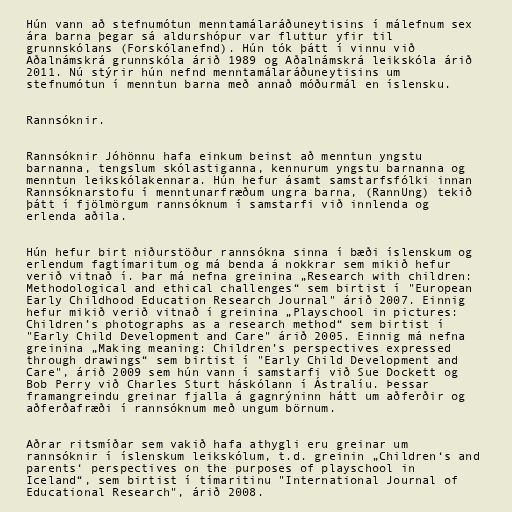
Hún vann að stefnumótun menntamálaráðuneytisins í málefnum sex
ára barna þegar sá aldurshópur var fluttur yfir til
grunnskólans (Forskólanefnd). Hún tók þátt í vinnu við
Aðalnámskrá grunnskóla árið 1989 og Aðalnámskrá leikskóla árið
2011. Nú stýrir hún nefnd menntamálaráðuneytisins um
stefnumótun í menntun barna með annað móðurmál en íslensku.

Rannsóknir.

Rannsóknir Jóhönnu hafa einkum beinst að menntun yngstu
barnanna, tengslum skólastiganna, kennurum yngstu barnanna og
menntun leikskólakennara. Hún hefur ásamt samstarfsfólki innan
Rannsóknarstofu í menntunarfræðum ungra barna, (RannUng) tekið
þátt í fjölmörgum rannsóknum í samstarfi við innlenda og
erlenda aðila.

Hún hefur birt niðurstöður rannsókna sinna í bæði íslenskum og
erlendum fagtímaritum og má benda á nokkrar sem mikið hefur
verið vitnað í. Þar má nefna greinina „Research with children:
Methodological and ethical challenges“ sem birtist í "European
Early Childhood Education Research Journal" árið 2007. Einnig
hefur mikið verið vitnað í greinina „Playschool in pictures:
Children’s photographs as a research method“ sem birtist í
"Early Child Development and Care" árið 2005. Einnig má nefna
greinina „Making meaning: Children’s perspectives expressed
through drawings“ sem birtist í "Early Child Development and
Care", árið 2009 sem hún vann í samstarfi við Sue Dockett og
Bob Perry við Charles Sturt háskólann í Ástralíu. Þessar
framangreindu greinar fjalla á gagnrýninn hátt um aðferðir og
aðferðafræði í rannsóknum með ungum börnum.

Aðrar ritsmíðar sem vakið hafa athygli eru greinar um
rannsóknir í íslenskum leikskólum, t.d. greinin „Children‘s and
parents‘ perspectives on the purposes of playschool in
Iceland“, sem birtist í tímaritinu "International Journal of
Educational Research", árið 2008.